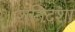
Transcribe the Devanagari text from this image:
शनिदशा